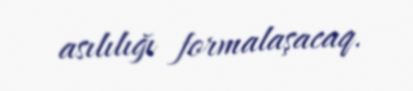
asılılığı formalaşacaq.